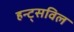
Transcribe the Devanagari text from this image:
हन्ट्सविल